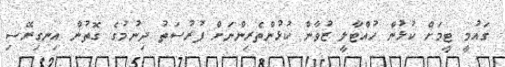
ގައުމީ ޓީމަށް ކުޅުން ހުއްޓާލީ ޒުވާން ކުޅުންތެރިންނަށް ފުރުސަތު ދިނުމުގެ ގޮތުން އިނގިރޭސި